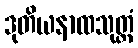
ဒုတိယနာထသုတ္တံ